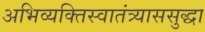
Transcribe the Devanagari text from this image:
अभिव्यक्तिस्वातंत्र्याससुद्धा